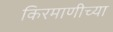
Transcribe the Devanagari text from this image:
किरमाणीच्या